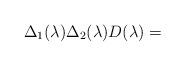
LaTeX: \begin{align*}\Delta_1(\lambda)\Delta_2(\lambda)D(\lambda)=\end{align*}